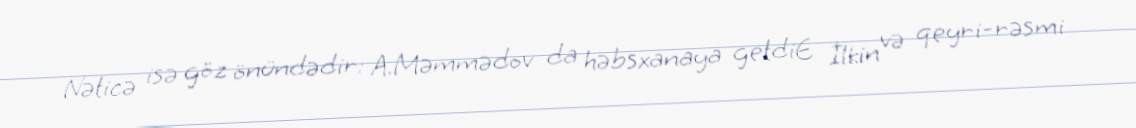
Nəticə isə göz önündədir: A.Məmmədov da həbsxanaya getdiE İlkin və qeyri-rəsmi